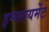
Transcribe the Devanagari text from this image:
इम्प्लायमेंट